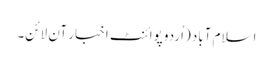
اسلام آباد (اُردو پوائنٹ اخبار آن لائن۔